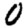
Digit: 0